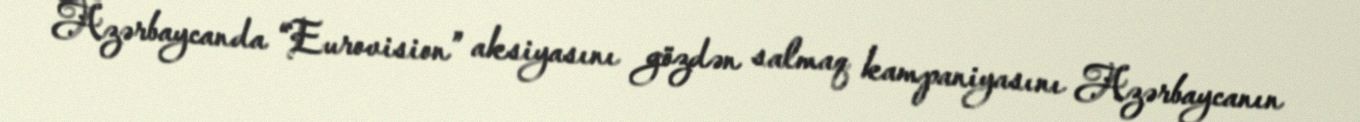
Azərbaycanda “Eurovision” aksiyasını gözdən salmaq kampaniyasını Azərbaycanın